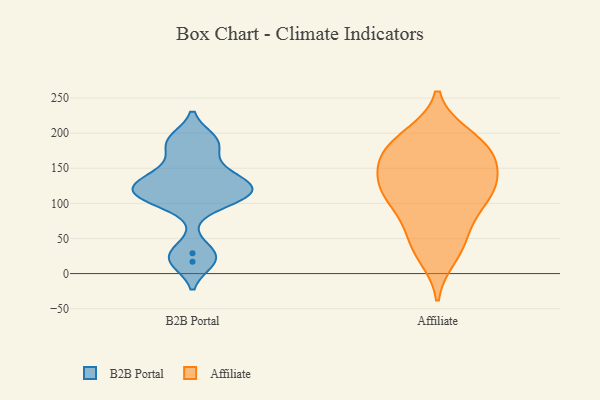
{"axis": {"x": "Production Output", "y": "Value"}, "legend": ["Affiliate", "B2B Portal"], "data": [{"x": "", "y": 147, "type": "B2B Portal"}, {"x": "", "y": 107, "type": "B2B Portal"}, {"x": "", "y": 182, "type": "B2B Portal"}, {"x": "", "y": 131, "type": "B2B Portal"}, {"x": "", "y": 17, "type": "B2B Portal"}, {"x": "", "y": 124, "type": "B2B Portal"}, {"x": "", "y": 107, "type": "B2B Portal"}, {"x": "", "y": 29, "type": "B2B Portal"}, {"x": "", "y": 117, "type": "B2B Portal"}, {"x": "", "y": 191, "type": "B2B Portal"}, {"x": "", "y": 173, "type": "Affiliate"}, {"x": "", "y": 48, "type": "Affiliate"}, {"x": "", "y": 170, "type": "Affiliate"}, {"x": "", "y": 116, "type": "Affiliate"}, {"x": "", "y": 25, "type": "Affiliate"}, {"x": "", "y": 182, "type": "Affiliate"}, {"x": "", "y": 144, "type": "Affiliate"}, {"x": "", "y": 128, "type": "Affiliate"}, {"x": "", "y": 194, "type": "Affiliate"}, {"x": "", "y": 38, "type": "Affiliate"}, {"x": "", "y": 95, "type": "Affiliate"}, {"x": "", "y": 120, "type": "Affiliate"}, {"x": "", "y": 71, "type": "Affiliate"}, {"x": "", "y": 196, "type": "Affiliate"}, {"x": "", "y": 168, "type": "Affiliate"}, {"x": "", "y": 149, "type": "Affiliate"}, {"x": "", "y": 103, "type": "Affiliate"}, {"x": "", "y": 119, "type": "Affiliate"}]}